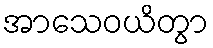
အာသေဝယိတွာ